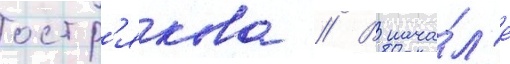
остр'якова // В нача́л'е